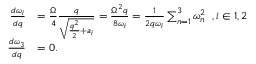
\begin{array} { r l } { \frac { d \omega _ { i } } { d q } } & { = \frac { \Omega } { 4 } \frac { q } { \sqrt { \frac { q ^ { 2 } } { 2 } + a _ { i } } } = \frac { \Omega ^ { 2 } q } { 8 \omega _ { i } } = \frac { 1 } { 2 q \omega _ { i } } \sum _ { n = 1 } ^ { 3 } \omega _ { n } ^ { 2 } \; \; , i \in { 1 , 2 } } \\ { \frac { d \omega _ { 3 } } { d q } } & { = 0 . } \end{array}